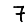
Digit: 7